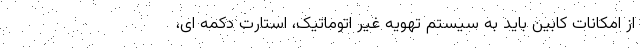
از امکانات کابین باید به سیستم تهویه غیر اتوماتیک، استارت دکمه ای،